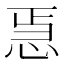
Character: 𭜳